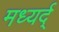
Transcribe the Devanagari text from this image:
मध्यर्द्